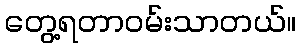
တွေ့ရတာဝမ်းသာတယ်။